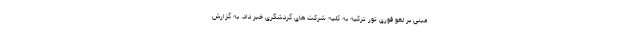
مبنی بر لغو فوری تور ترکیه به کلیه شرکت های گردشگری خبر داد. به گزارش